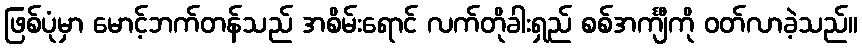
ဖြစ်ပုံမှာ မောင့်ဘက်တန်သည် အစိမ်းရောင် လက်တိုခါးရှည် စစ်အင်္ကျီကို ဝတ်လာခဲ့သည်။